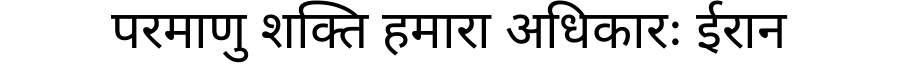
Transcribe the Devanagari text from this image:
परमाणु शक्ति हमारा अधिकारः ईरान